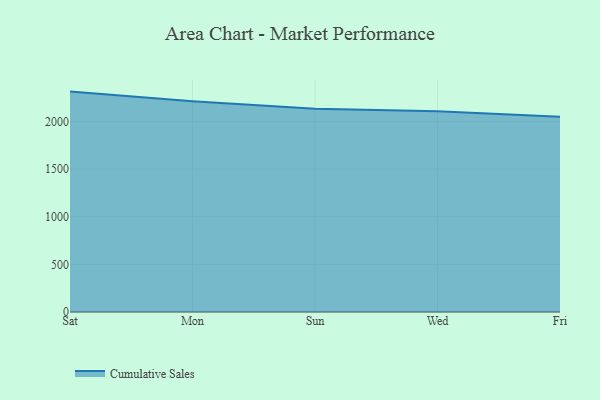
{"axis": {"x": "Day", "y": "Energy Usage (MWh)"}, "legend": ["Cumulative Sales"], "data": [{"x": "Sat", "y": 2314.6, "type": "Cumulative Sales"}, {"x": "Mon", "y": 2213.4, "type": "Cumulative Sales"}, {"x": "Sun", "y": 2134.0, "type": "Cumulative Sales"}, {"x": "Wed", "y": 2109.4, "type": "Cumulative Sales"}, {"x": "Fri", "y": 2051.7, "type": "Cumulative Sales"}]}